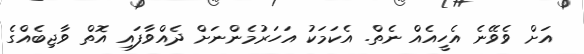
އަށް ވެވޭނެ އެހީއެއް ނެތް. އެކަމަކު އަހަރުމެންނަށް ދެއްވާފައި އޮތް ވާޖިބެއްގެ